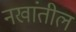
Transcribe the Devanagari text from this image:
नखांतील